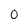
Character: O